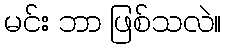
မင်း ဘာ ဖြစ်သလဲ။